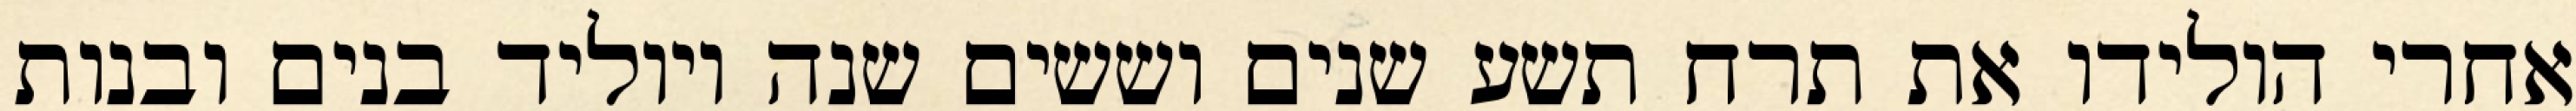
אחרי הולידו את תרח תשע שנים וששים שנה ויוליד בנים ובנות